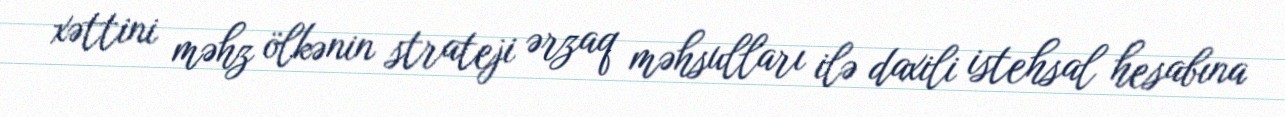
xəttini məhz ölkənin strateji ərzaq məhsulları ilə daxili istehsal hesabına